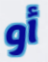
أو